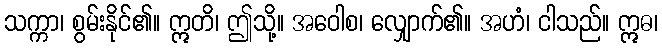
သက္ကာ၊ စွမ်းနိုင်၏။ ဣတိ၊ ဤသို့။ အဝေါစ၊ လျှောက်၏။ အဟံ၊ ငါသည်။ ဣဓ၊